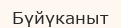
Бүйүканыт